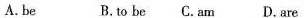
A. be B.to be C.am D.are